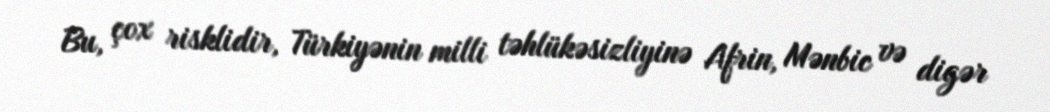
Bu, çox risklidir, Türkiyənin milli təhlükəsizliyinə Afrin, Mənbic və digər